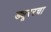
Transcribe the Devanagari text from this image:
ड्यूररचा